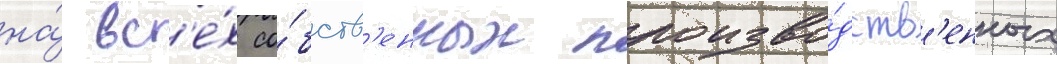
на́ вс'е́х со́бств'енных произво́дств'енных